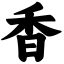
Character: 香